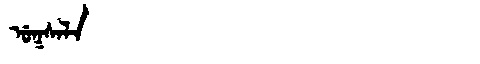
Manchu: ᡠᡴᠰᠠᠯᠠ
Romanization: UKSALA